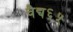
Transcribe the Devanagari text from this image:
वैद्य६५